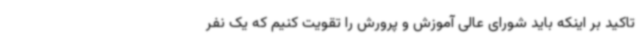
تاکید بر اینکه باید شورای عالی آموزش و پرورش را تقویت کنیم که یک نفر